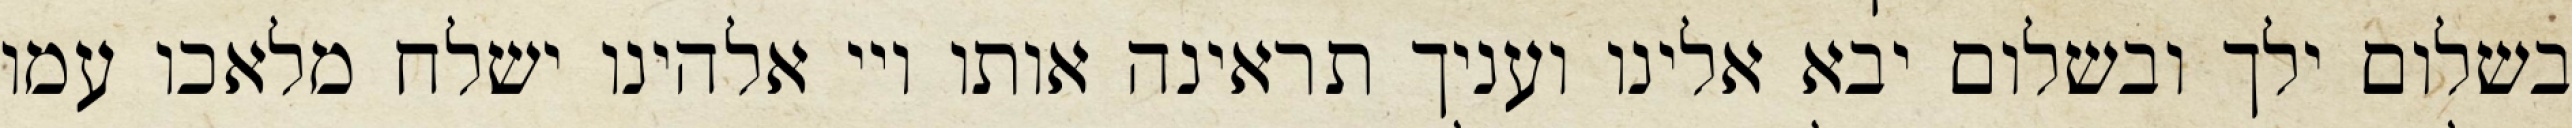
בשלום ילך ובשלום יבא אלינו ועניך תראינה אותו ויי אלהינו ישלח מלאכו עמו